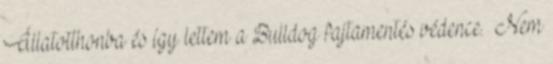
Állatotthonba és így lettem a Bulldog fajtamentés védence. Nem